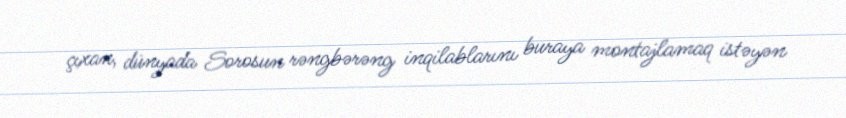
çıxan, dünyada Sorosun rəngbərəng inqilablarını buraya montajlamaq istəyən